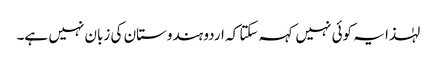
لہٰذا یہ کوئی نہیں کہہ سکتا کہ اردو ہندوستان کی زبان نہیں ہے۔